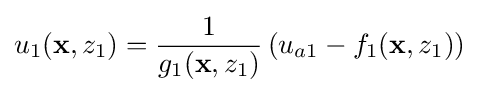
u_{1}(\mathbf {x} ,z_{1})={\frac {1}{g_{1}(\mathbf {x} ,z_{1})}}\left(u_{a1}-f_{1}(\mathbf {x} ,z_{1})\right)